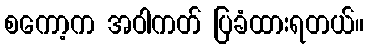
စကော့က အဝါကတ် ပြခံထားရတယ်။